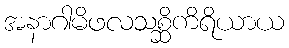
အနာဂါမိဖလသစ္ဆိကိရိယာယ